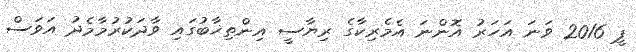
ޕީ 2016 ވަނަ އަހަރު އޮންނަ އެމެރިކާގެ ރިޔާސީ އިންތިޚާބުގައި ވާދަކުރުމާމެދު އަވަސް